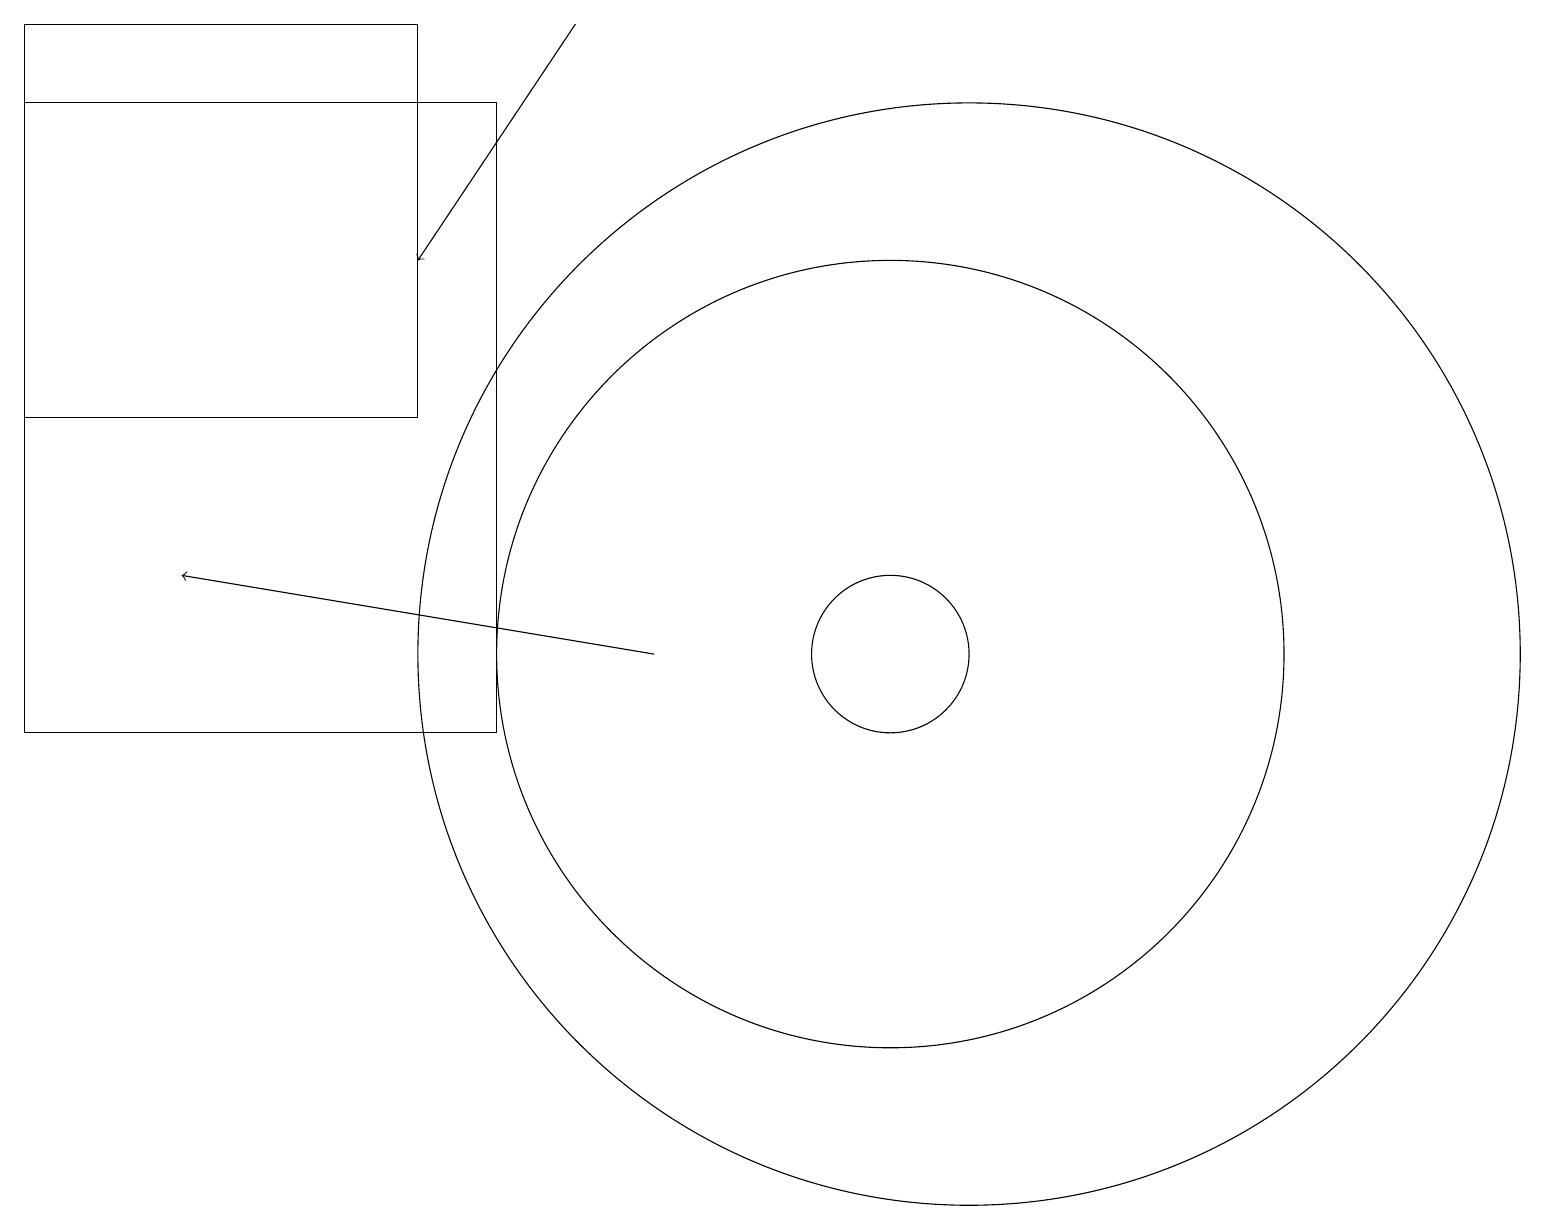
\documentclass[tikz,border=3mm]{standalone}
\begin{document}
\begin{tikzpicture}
\draw (11,11) circle (1);
\draw (12,11) circle (7);
\draw (0,19) rectangle (5,14);
\draw (11,11) circle (5);
\draw (0,10) rectangle (6,18);
\draw (10,10) circle (0);
\draw[->] (7,19) -- (5,16);
\draw[->] (8,11) -- (2,12);
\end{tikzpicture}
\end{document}